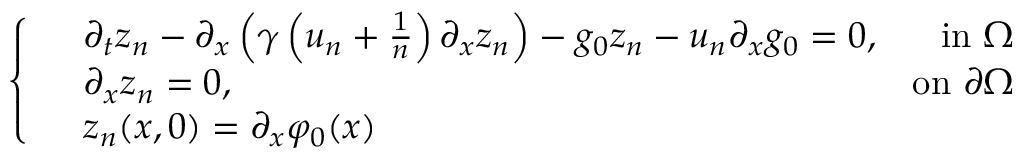
\left\{ \begin{array} { r l r } & { \partial _ { t } z _ { n } - \partial _ { x } \left( \gamma \left( u _ { n } + \frac { 1 } { n } \right) \partial _ { x } z _ { n } \right) - g _ { 0 } z _ { n } - u _ { n } \partial _ { x } g _ { 0 } = 0 , } & { \mathrm { i n ~ } \Omega } \\ & { \partial _ { x } z _ { n } = 0 , } & { \mathrm { o n ~ } \partial \Omega } \\ & { z _ { n } ( x , 0 ) = \partial _ { x } \varphi _ { 0 } ( x ) } \end{array} \right.